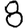
Digit: 8